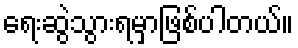
ရေးဆွဲသွားရမှာဖြစ်ပါတယ်။